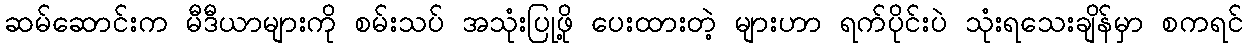
ဆမ်ဆောင်းက မီဒီယာများကို စမ်းသပ် အသုံးပြုဖို့ ပေးထားတဲ့ များဟာ ရက်ပိုင်းပဲ သုံးရသေးချိန်မှာ စကရင်